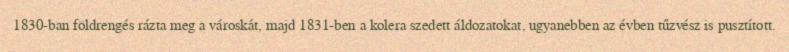
1830-ban földrengés rázta meg a városkát, majd 1831-ben a kolera szedett áldozatokat, ugyanebben az évben tűzvész is pusztított.